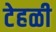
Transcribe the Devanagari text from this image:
टेहळी